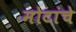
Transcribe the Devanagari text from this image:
मोटांचे